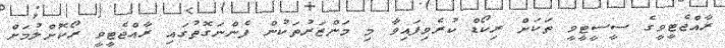
ރާއްޖެޓީވީގެ ސީސީޓީވީ ތަކަށް ރިކޯޑް ކުރެވިފައިވާ މި މަންޒަރުތަކުން ފެންނަގޮތުގައި ރާއްޖެޓީވީ ރޯކޮށްލުމަށް